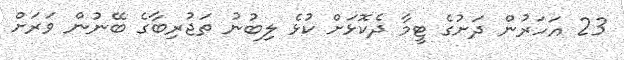
23 އަހަރުން ދަށުގެ ޓީމާ ދެކޮޅަށް ކުޅެ ލިބުނު ތަޖުރިބާގެ ބޭނުން ވަރަށް